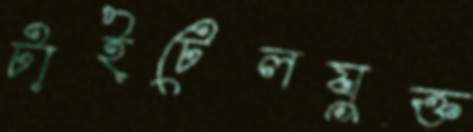
টাইটেলযুক্ত